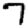
Digit: 7